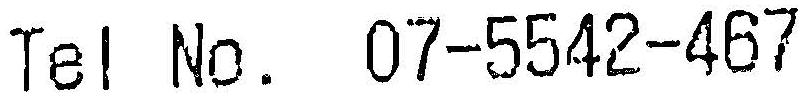
TEL NO. 07-5542-467